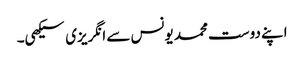
اپنے دوست محمد یونس سے انگریزی سیکھی۔